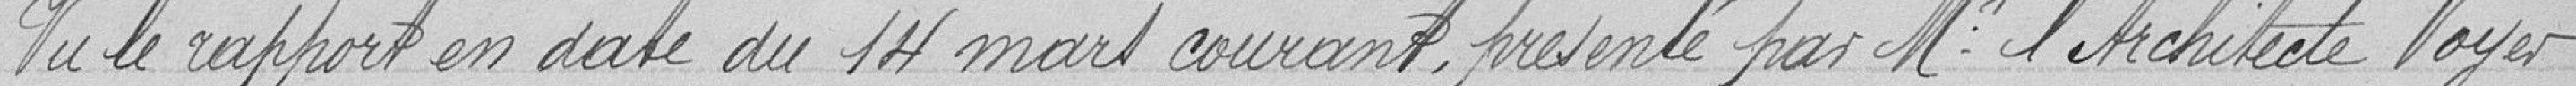
Vu  le rapport en date du 14 mars courant, présenté par Monsieur l'Architecte Voyer